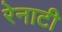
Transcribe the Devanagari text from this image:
रेनाटी